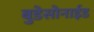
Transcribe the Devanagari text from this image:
बुडेसोनाईड